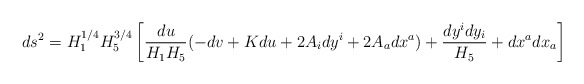
\begin{align*}ds^2 = H_1^{1/4} H_5^{3/4} \left[ {{du} \over {H_1 H_5}}(-dv + K du + 2 A_i dy^i + 2A_a dx^a)+ {{dy^i dy_i} \over {H_5}} + dx^adx_a \right]\end{align*}